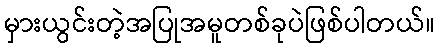
မှားယွင်းတဲ့အပြုအမူတစ်ခုပဲဖြစ်ပါတယ်။